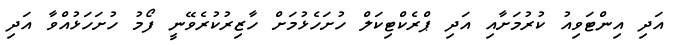
އަދި އިންޓަވިއު ކުރުމަށާއި އަދި ޕްރެކްޓިކަލް ހުށަހެޅުމަށް ހާޒިރުކުރެވޭނީ ފޯމު ހުށަހަޅުއްވާ އަދި